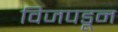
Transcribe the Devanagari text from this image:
विजपडून